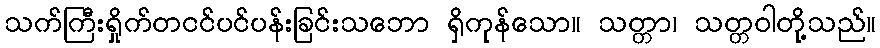
သက်ကြီးရှိုက်တငင်ပင်ပန်းခြင်းသဘော ရှိကုန်သော။ သတ္တာ၊ သတ္တဝါတို့သည်။